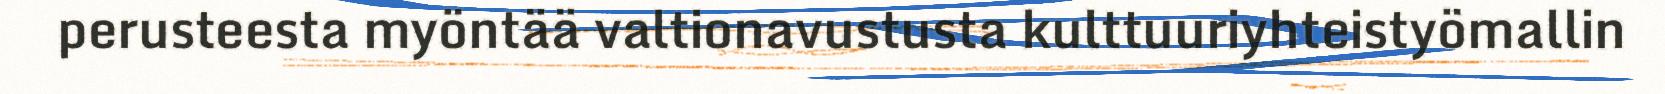
perusteesta myöntää valtionavustusta kulttuuriyhteistyömallin